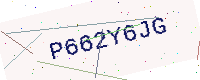
Text: P662Y6JG